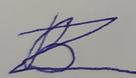
Signature authenticity: forged